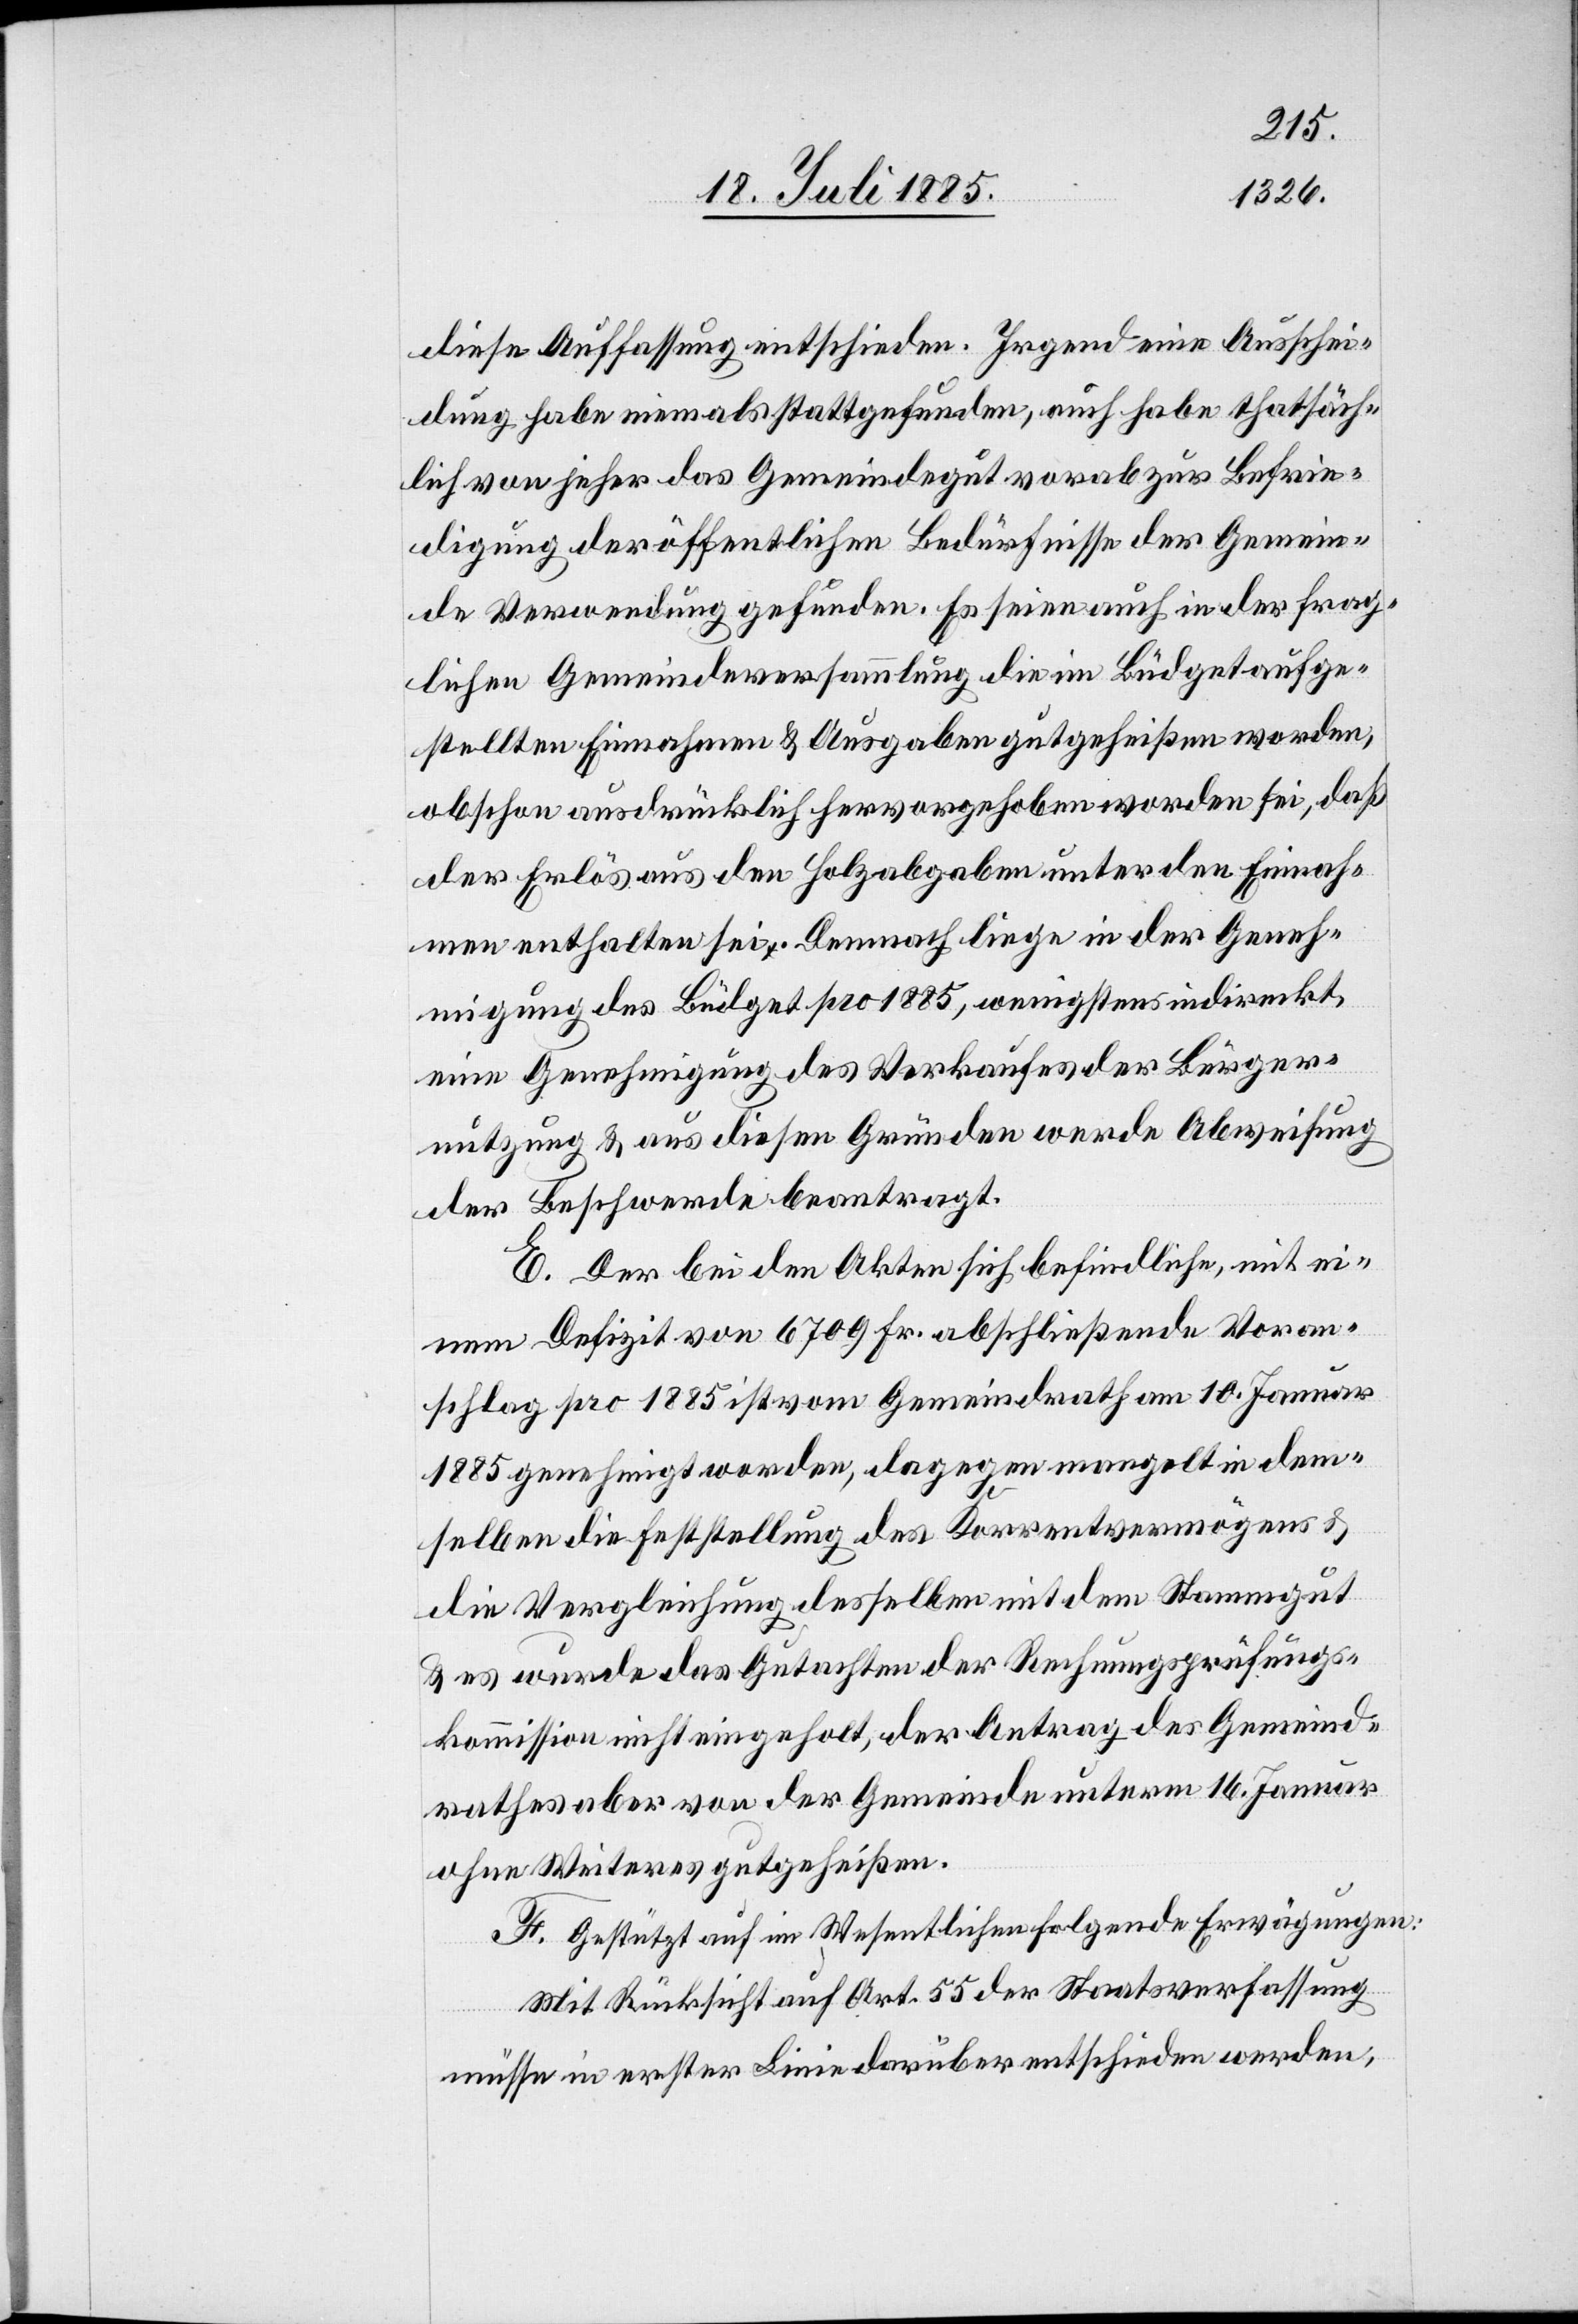
diese Auffassung entschieden. Irgendeine Ausschei¬
dung habe niemals stattgefunden, auch habe thatsäch¬
lich von jeher das Gemeindegut vorab zur Befrie¬
dung der öffentlichen Bedürfnisse der Gemein¬
de Verwendung gefunden. Es seien auch in der frag¬
lichen Gemeindeversammlung die im Büdget aufge¬
stellten Einnahmen & Ausgaben gutgeheißen worden,
obschon ausdrücklich hervorgehoben worden sei, daß
der Erlös aus den Holzabgaben unter den Einnah¬
men enthalten sei. Demnach liege in der Geneh¬
migung des Büdget pro 1885, wenigstens indirekt,
eine Genehmigung des Verkaufes der Bürger¬
nutzung & aus diesen Gründen werde Abweisung
der Beschwerde beantragt.
E. Der bei den Akten sich befindliche, mit ei¬
nem Defizit von 6709 Fr. abschließende Voran¬
schlag pro 1885 ist vom Gemeindrath am 10. Januar
1885 genehmigt worden, dagegen mangelt in dem¬
selben die Feststellung des Korrentvermögens &
die Vergleichung desselben mit dem Stammgut
& es wurde das Gutachten der Rechnungsprüfungs¬
kommission nicht eingeholt, der Antrag des Gemeind¬
rathes aber von der Gemeinde unterm 16. Januar
ohne Weiteres gutgeheißen.
F. Gestützt auf im Wesentlichen folgende Erwägungen:
Mit Rücksicht auf Art. 55 der Staatsverfassung
müsse in erster Linie darüber entschieden werden,